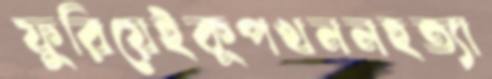
ফুরিয়েইকূপখননহত্যা